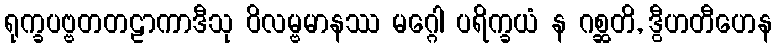
ရုက္ခပဗ္ဗတတဠာကာဒီသု ဝိလမ္ဗမာနဿ မဂ္ဂေါ ပရိက္ခယံ န ဂစ္ဆတိ, ဒွီဟတီဟေန